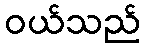
ဝယ်သည်